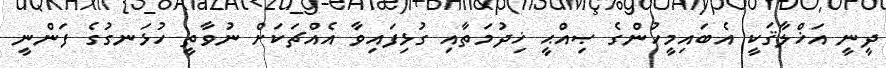
ދީނީ އަޚްލާޤަކީ އެބައިމީހުންގެ ޞިއްޙީ ޚިދުމަތާއި ގުޅިފައިވާ އެއްޗަކަށް ނުވާތީ ހުޅަނގުގެ ފަންނީ